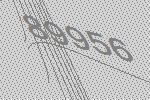
89956